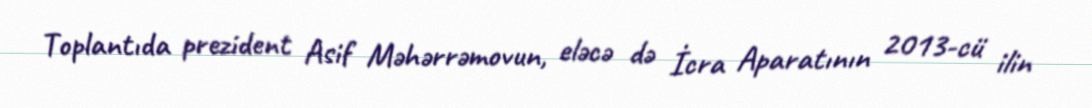
Toplantıda prezident Asif Məhərrəmovun, eləcə də İcra Aparatının 2013-cü ilin